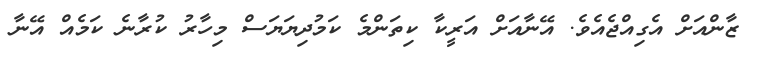
ޒާންއަށް އެގިއްޖެއެވެ. އޭނާއަށް އަރީކާ ކިތަންމެ ކަމުދިޔަޔަސް މިހާރު ކުރާނެ ކަމެއް އޭނާ